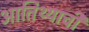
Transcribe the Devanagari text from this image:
आतिथ्याची